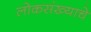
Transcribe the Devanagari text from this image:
लोकसंख्याचे